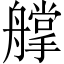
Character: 𦪦